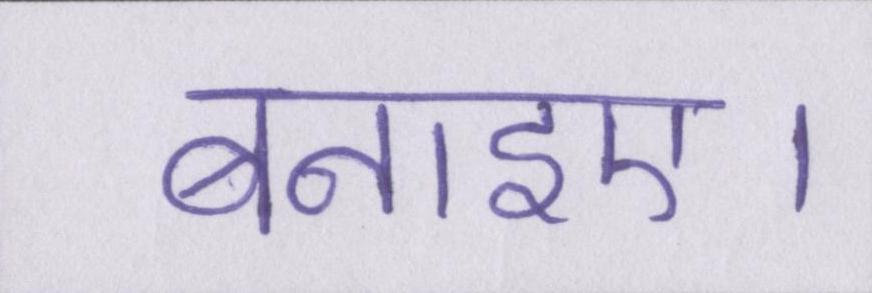
बनाइए।